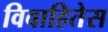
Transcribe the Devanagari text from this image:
विवाहितेस